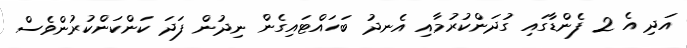
އަދި އެ 2 ފެންޑާގައި ގުދަންކުރުމާއި އެނދު ބަހައްޓައިގެން ނިދުން ފަދަ ކަންކަންކުރުންވެސް